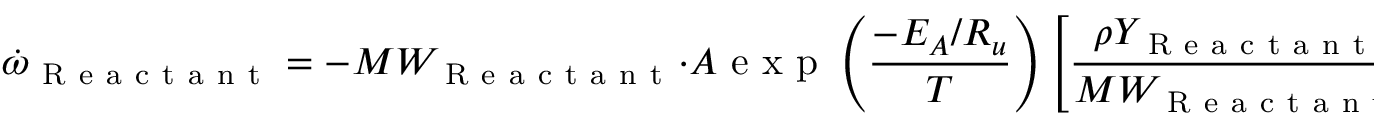
\dot { \omega } _ { \mathrm { ~ R ~ e ~ a ~ c ~ t ~ a ~ n ~ t ~ } } = - M W _ { \mathrm { ~ R ~ e ~ a ~ c ~ t ~ a ~ n ~ t ~ } } \cdot A \mathrm { ~ e ~ x ~ p ~ } \left( \frac { - E _ { A } / R _ { u } } { T } \right) \left[ \frac { \rho Y _ { \mathrm { ~ R ~ e ~ a ~ c ~ t ~ a ~ n ~ t ~ } } } { M W _ { \mathrm { ~ R ~ e ~ a ~ c ~ t ~ a ~ n ~ t ~ } } } \right] ^ { a } ,